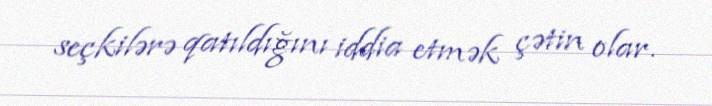
seçkilərə qatıldığını iddia etmək çətin olar.